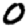
Digit: 0